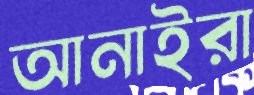
আনাইরা